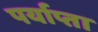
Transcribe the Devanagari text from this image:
पर्याप्ता